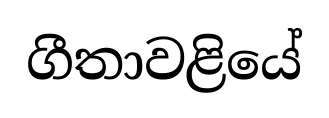
ගීතාවළියේ